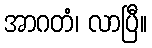
အာဂတံ၊ လာပြီ။